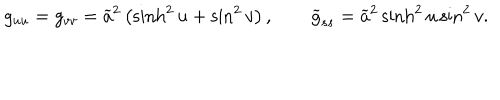
LaTeX: g _ { u u } = g _ { v v } = \widetilde { a } ^ { 2 } \left( \sinh ^ { 2 } u + \sin ^ { 2 } v \right) , \qquad \widetilde { g } _ { s s } = \widetilde { a } ^ { 2 } \sinh ^ { 2 } u \sin ^ { 2 } v .